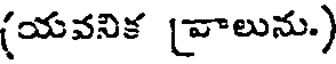
(యవనిక (వాలును.)